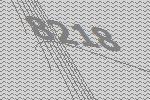
8218